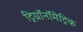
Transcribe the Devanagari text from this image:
ट्रिग्नॉनॉमेट्रिक